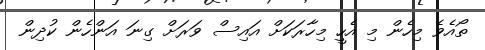
ތޯއެވެ މިހެން މި އެހީ މިހާރަކަށް އައިސް ވަރަށް ގިނަ އަންހެން ކުދިން